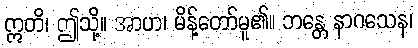
ဣတိ၊ ဤသို့။ အာဟ၊ မိန့်တော်မူ၏။ ဘန္တေ နာဂသေန၊